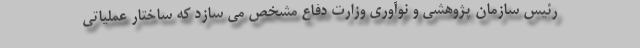
رئیس سازمان پژوهشی و نوآوری وزارت دفاع مشخص می سازد که ساختار عملیاتی